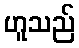
ဟူသည်